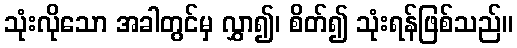
သုံးလိုသော အခါတွင်မှ လွှာ၍၊ စိတ်၍ သုံးရန်ဖြစ်သည်။